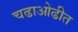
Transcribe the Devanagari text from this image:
चढाओढीत